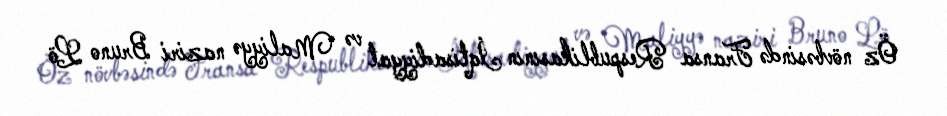
Öz növbəsində Fransa Respublikasının İqtisadiyyat və Maliyyə naziri Bruno Lö